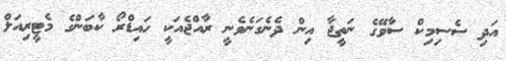
އަދި ސެސިމިކް ސާވޭގެ ނަތީޖާ އިން ދެނެގަނެވެނީ ރާއްޖެއަކީ ހައިޑްރޯ ކާބަންގެ މެޓީރިއަލް